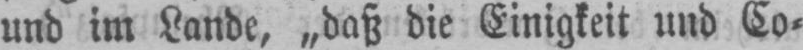
und im Lande, „daß die Einigkeit und Co⸗